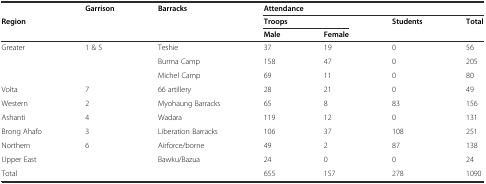
<table><thead><tr><td></td><td rowspan="3"><b>Garrison</b></td><td rowspan="3"><b>Barracks</b></td><td colspan="4"><b>Attendance</b></td></tr><tr><td rowspan="2"><b>Region</b></td><td colspan="2"><b>Troops</b></td><td rowspan="2"><b>Students</b></td><td rowspan="2"><b>Total</b></td></tr><tr><td><b>Male</b></td><td><b>Female</b></td></tr></thead><tbody><tr><td rowspan="3">Greater</td><td rowspan="3">1 &amp; 5</td><td>Teshie</td><td>37</td><td>19</td><td>0</td><td>56</td></tr><tr><td>Burma Camp</td><td>158</td><td>47</td><td>0</td><td>205</td></tr><tr><td>Michel Camp</td><td>69</td><td>11</td><td>0</td><td>80</td></tr><tr><td>Volta</td><td>7</td><td>66 artillery</td><td>28</td><td>21</td><td>0</td><td>49</td></tr><tr><td>Western</td><td>2</td><td>Myohaung Barracks</td><td>65</td><td>8</td><td>83</td><td>156</td></tr><tr><td>Ashanti</td><td>4</td><td>Wadara</td><td>119</td><td>12</td><td>0</td><td>131</td></tr><tr><td>Brong Ahafo</td><td>3</td><td>Liberation Barracks</td><td>106</td><td>37</td><td>108</td><td>251</td></tr><tr><td>Northern</td><td rowspan="2">6</td><td>Airforce/borne</td><td>49</td><td>2</td><td>87</td><td>138</td></tr><tr><td>Upper East</td><td>Bawku/Bazua</td><td>24</td><td>0</td><td>0</td><td>24</td></tr><tr><td colspan="3">Total</td><td>655</td><td>157</td><td>278</td><td>1090</td></tr></tbody></table>